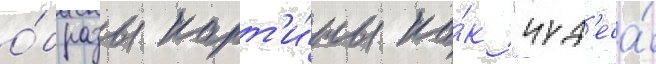
о́бразы карт'и́ны ка́к "чуд'еса́